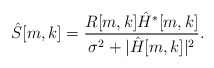
\begin{align*}\hat{S}[m,k] &= \frac{R[m,k]\hat{H}^*[m,k]}{\sigma^2 + |\hat{H}[m,k]|^2}.\end{align*}